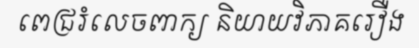
ពេជ្ររំលេចពាក្យ និយាយវិភាគរឿង